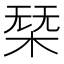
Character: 𣓢